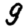
Digit: 9